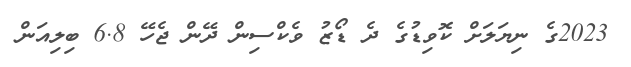
2023ގެ ނިޔަލަށް ކޮވިޑުގެ ދެ ޑޯޒު ވެކްސިން ދޭން ޖެހޭ 6.8 ބިލިއަން